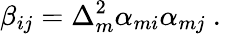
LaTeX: {\beta_{ij}=\Delta_{m}^{2}\alpha_{mi}\alpha_{mj}}\mathrm{~.~}